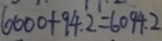
6 0 0 0 + 9 4 . 2 = 6 0 9 4 . 2